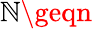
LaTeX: \mathbb{N}\geqn